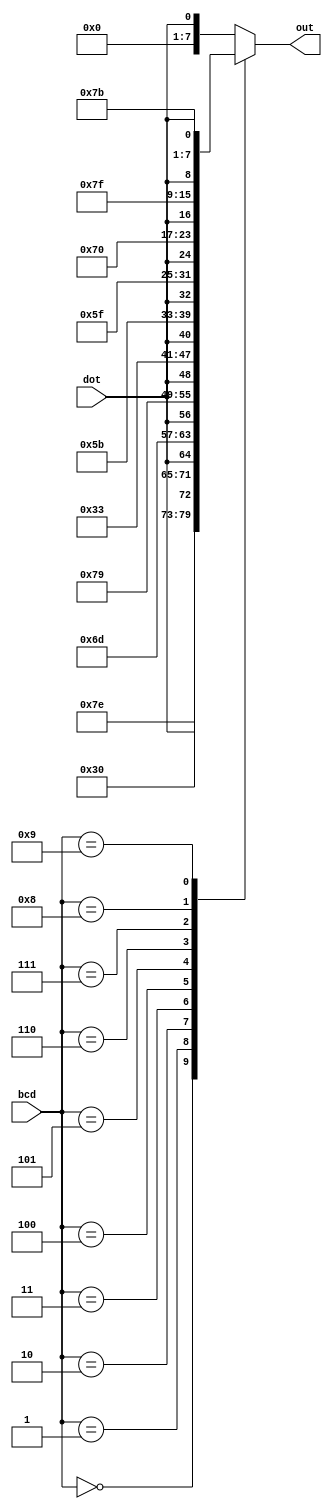
module bcd_to_7seg #(parameter COUNT = 1)
                    (input wire[COUNT*4 - 1:0] bcd, input wire[COUNT - 1:0] dot,
                     output reg[COUNT*8 - 1:0] out);

genvar i;
generate
for(i = 0; i < COUNT; i = i + 1) begin: gen
    always @(bcd[(i + 1) * 4 - 1 : i * 4] or dot[i]) begin
        case(bcd[(i + 1) * 4 - 1 : i * 4])
            4'b0000: out[(i + 1) * 8 - 1 : i * 8] <= {7'b1111110, dot[i]};
            4'b0001: out[(i + 1) * 8 - 1 : i * 8] <= {7'b0110000, dot[i]};
            4'b0010: out[(i + 1) * 8 - 1 : i * 8] <= {7'b1101101, dot[i]};
            4'b0011: out[(i + 1) * 8 - 1 : i * 8] <= {7'b1111001, dot[i]};
            4'b0100: out[(i + 1) * 8 - 1 : i * 8] <= {7'b0110011, dot[i]};
            4'b0101: out[(i + 1) * 8 - 1 : i * 8] <= {7'b1011011, dot[i]};
            4'b0110: out[(i + 1) * 8 - 1 : i * 8] <= {7'b1011111, dot[i]};
            4'b0111: out[(i + 1) * 8 - 1 : i * 8] <= {7'b1110000, dot[i]};
            4'b1000: out[(i + 1) * 8 - 1 : i * 8] <= {7'b1111111, dot[i]};
            4'b1001: out[(i + 1) * 8 - 1 : i * 8] <= {7'b1111011, dot[i]};
            default: out[(i + 1) * 8 - 1 : i * 8] <= {7'b0000000, dot[i]};
        endcase
    end
end
endgenerate

endmodule